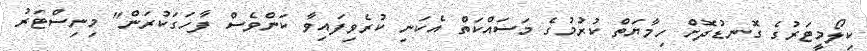
ކިލޯމީޓަރުގެ ގޮނޑުދޮށް ހިމާޔަތް ކުރުމުގެ މަސައްކަތް އެކަނި ކުރެވިފައިވާ ކަންވެސް ފާހަގަކުރަން" މިނިސްޓަރު